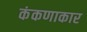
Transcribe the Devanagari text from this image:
कंकणाकार